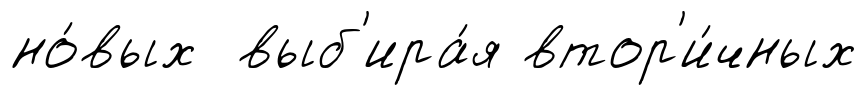
но́вых выб'ира́я втор'и́чных